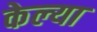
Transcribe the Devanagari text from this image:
केल्‍या